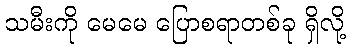
သမီးကို မေမေ ပြောစရာတစ်ခု ရှိလို့